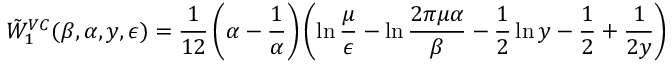
\tilde { W } _ { 1 } ^ { V C } ( \beta , \alpha , y , \epsilon ) = { \frac { 1 } { 1 2 } } \left( \alpha - { \frac { 1 } { \alpha } } \right) \left( \ln { \frac { \mu } { \epsilon } } - \ln { \frac { 2 \pi \mu \alpha } { \beta } } - \frac 1 2 \ln y - \frac 1 2 + { \frac { 1 } { 2 y } } \right)